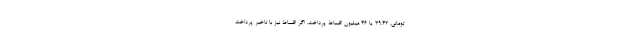
تومانی، ۳۹.۴۲ یا ۴۶ میلیون اقساط پرداخت. اگر اقساط نیز با تاخیر پرداخت